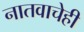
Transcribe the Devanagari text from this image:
नातवाचेही